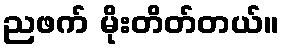
ညဖက် မိုးတိတ်တယ်။